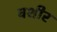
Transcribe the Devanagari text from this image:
वशीर